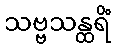
သဗ္ဗသန္ထရိံ